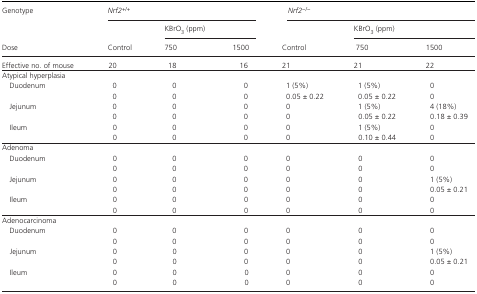
| <ROWSPAN=2> Genotype | <COLSPAN=3> Nrf2+/+ | <COLSPAN=3> Nrf2−/− |
 |  | <COLSPAN=2> KBrO3 (ppm) |  | <COLSPAN=2> KBrO3 (ppm) |
 | Dose | Control | 750 | 1500 | Control | 750 | 1500 |
 | --- | --- | --- | --- | --- | --- | --- |
 | Effective no. of mouse | 20 | 18 | 16 | 21 | 21 | 22 |
 | <COLSPAN=7> Atypical hyperplasia |
 | <ROWSPAN=2> Duodenum | 0 | 0 | 0 | 1 (5%) | 1 (5%) | 0 |
 | 0 | 0 | 0 | 0.05 ± 0.22 | 0.05 ± 0.22 | 0 |
 | <ROWSPAN=2> Jejunum | 0 | 0 | 0 | 0 | 1 (5%) | 4 (18%) |
 | 0 | 0 | 0 | 0 | 0.05 ± 0.22 | 0.18 ± 0.39 |
 | <ROWSPAN=2> Ileum | 0 | 0 | 0 | 0 | 1 (5%) | 0 |
 | 0 | 0 | 0 | 0 | 0.10 ± 0.44 | 0 |
 | <COLSPAN=7> Adenoma |
 | <ROWSPAN=2> Duodenum | 0 | 0 | 0 | 0 | 0 | 0 |
 | 0 | 0 | 0 | 0 | 0 | 0 |
 | <ROWSPAN=2> Jejunum | 0 | 0 | 0 | 0 | 0 | 1 (5%) |
 | 0 | 0 | 0 | 0 | 0 | 0.05 ± 0.21 |
 | <ROWSPAN=2> Ileum | 0 | 0 | 0 | 0 | 0 | 0 |
 | 0 | 0 | 0 | 0 | 0 | 0 |
 | <COLSPAN=7> Adenocarcinoma |
 | <ROWSPAN=2> Duodenum | 0 | 0 | 0 | 0 | 0 | 0 |
 | 0 | 0 | 0 | 0 | 0 | 0 |
 | <ROWSPAN=2> Jejunum | 0 | 0 | 0 | 0 | 0 | 1 (5%) |
 | 0 | 0 | 0 | 0 | 0 | 0.05 ± 0.21 |
 | <ROWSPAN=2> Ileum | 0 | 0 | 0 | 0 | 0 | 0 |
 | 0 | 0 | 0 | 0 | 0 | 0 |